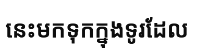
នេះមកទុកក្នុងទូរដែល